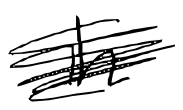
Text: in
Cross-out: scratch
Writing tool: digital_black